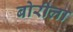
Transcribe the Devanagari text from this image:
बोरीला